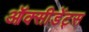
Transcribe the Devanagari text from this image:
ऑक्सीडेंट्स